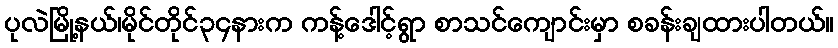
ပုလဲမြို့နယ်၊မိုင်တိုင်၃၄နားက ကန့်ဒေါင့်ရွာ စာသင်ကျောင်းမှာ စခန်းချထားပါတယ်။